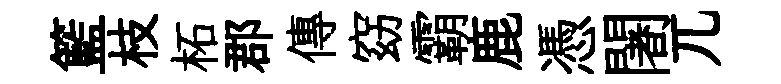
籃枝柘郡傳窈霸鹿憑闍兀